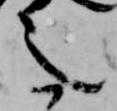
之